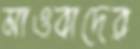
মাওবাদের